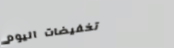
تخفيضات اليوم